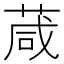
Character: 葴